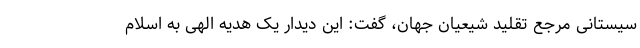
سیستانی مرجع تقلید شیعیان جهان، گفت: این دیدار یک هدیه الهی به اسلام